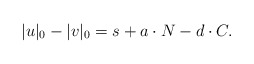
\begin{align*}|u|_0 - |v|_0 = s + a \cdot N - d \cdot C.\end{align*}